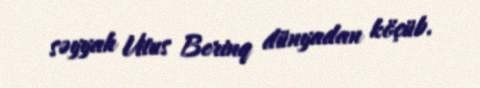
səyyah Vitus Berinq dünyadan köçüb.